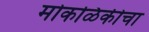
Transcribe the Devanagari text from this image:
मोकळिकीचा